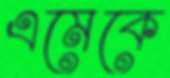
এমেকে